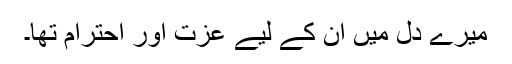
میرے دل میں ان کے لیے عزت اور احترام تھا۔